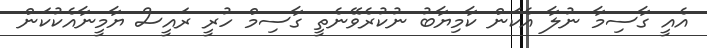
އެއީ ގާސިމާ ނުލާ އެކަން ކާމިޔާބު ނުކުރެވޭނެތީ ގާސިމް ހުރީ ރައީސް ޔާމީނާއެކުކަން